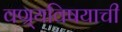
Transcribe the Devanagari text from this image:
वण्र्यविषयाची